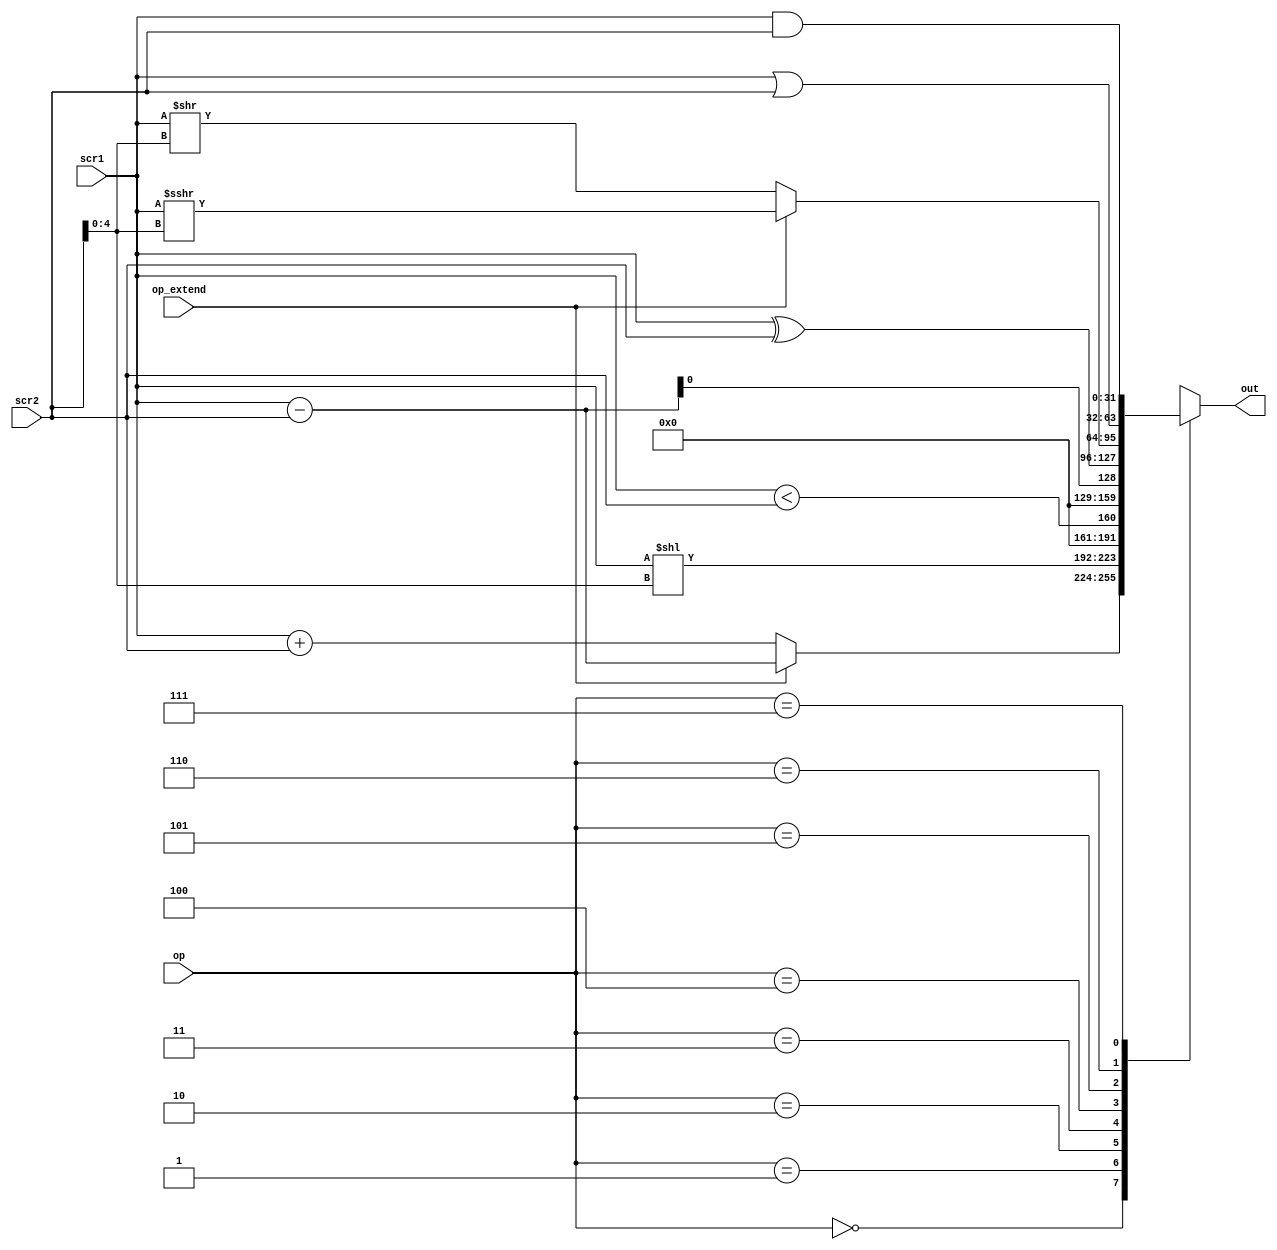

`timescale 1 ps / 1 ps

module ALU (
	input signed [31:0] scr1,
	input [31:0] scr2,
	input [2:0] op,
	input op_extend,
	output reg [31:0] out
);

wire [31:0] diff = scr1 - scr2;

always @(*) case(op)
	3'b000 : out = op_extend ? diff : scr1 + scr2;
	3'b001 : out = scr1 << scr2[4:0];
	3'b010 : out = scr1 < scr2;
	3'b011 : out = diff[0];
	3'b100 : out = scr1 ^ scr2;
	3'b101 : out = op_extend ? scr1 >>> scr2[4:0] :  scr1 >> scr2[4:0] ;
	3'b110 : out = scr1 | scr2;
	3'b111 : out = scr1 & scr2;

endcase


endmodule